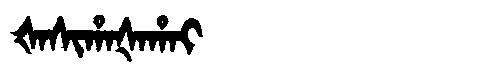
Manchu: ᡧᠠᠰᡳᡥᠠᡧᠠᡥᠠᡳ
Romanization: ŠASIHAŠAHAI